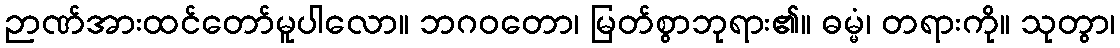
ဉာဏ်အားထင်တော်မူပါလော။ ဘဂဝတော၊ မြတ်စွာဘုရား၏။ ဓမ္မံ၊ တရားကို။ သုတွာ၊